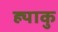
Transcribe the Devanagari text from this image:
ह्याकु